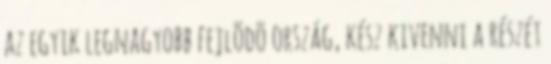
az egyik legnagyobb fejlõdõ ország, kész kivenni a részét